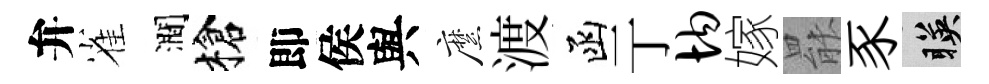
弁雀澗槍即侯與縻渡函亍均嫁罷豕暎